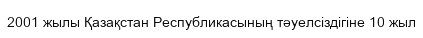
2001 жылы Қазақстан Республикасының тәуелсіздігіне 10 жыл